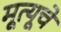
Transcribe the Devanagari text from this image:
मूत्यूचे